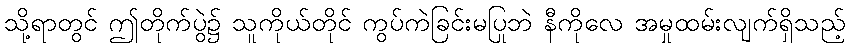
သို့ရာတွင် ဤတိုက်ပွဲ၌ သူကိုယ်တိုင် ကွပ်ကဲခြင်းမပြုဘဲ နီကိုလေ အမှုထမ်းလျက်ရှိသည့်